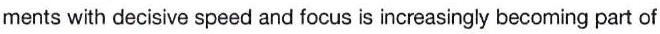
ments with decisive speed and focus is increasingly becoming part of